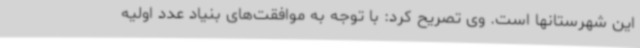
این شهرستانها است. وی تصریح کرد: با توجه به موافقت‌های بنیاد عدد اولیه